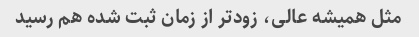
مثل همیشه عالی، زودتر از زمان ثبت شده هم رسید